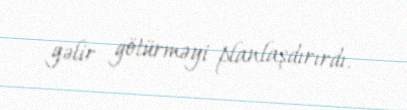
gəlir götürməyi planlaşdırırdı.